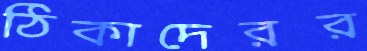
ঠিকাদেরর